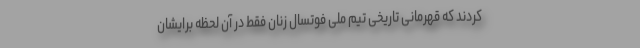
کردند که قهرمانی تاریخی تیم ملی فوتسال زنان فقط در آن لحظه برایشان